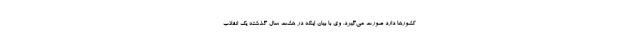
کشورها دارد صورت می‌گیرد. وی با بیان اینکه در هشت سال گذشته یک انقلاب